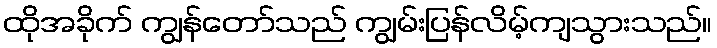
ထိုအခိုက် ကျွန်တော်သည် ကျွမ်းပြန်လိမ့်ကျသွားသည်။